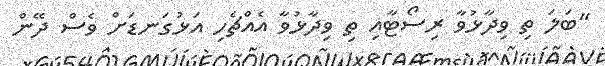
"ބަލަ ތި ވިދާޅުވާ ރިސޯޓާއި ތި ވިދާޅުވާ އެއްޗެހި އަޅުގަނޑަށް ވެސް ދޭން